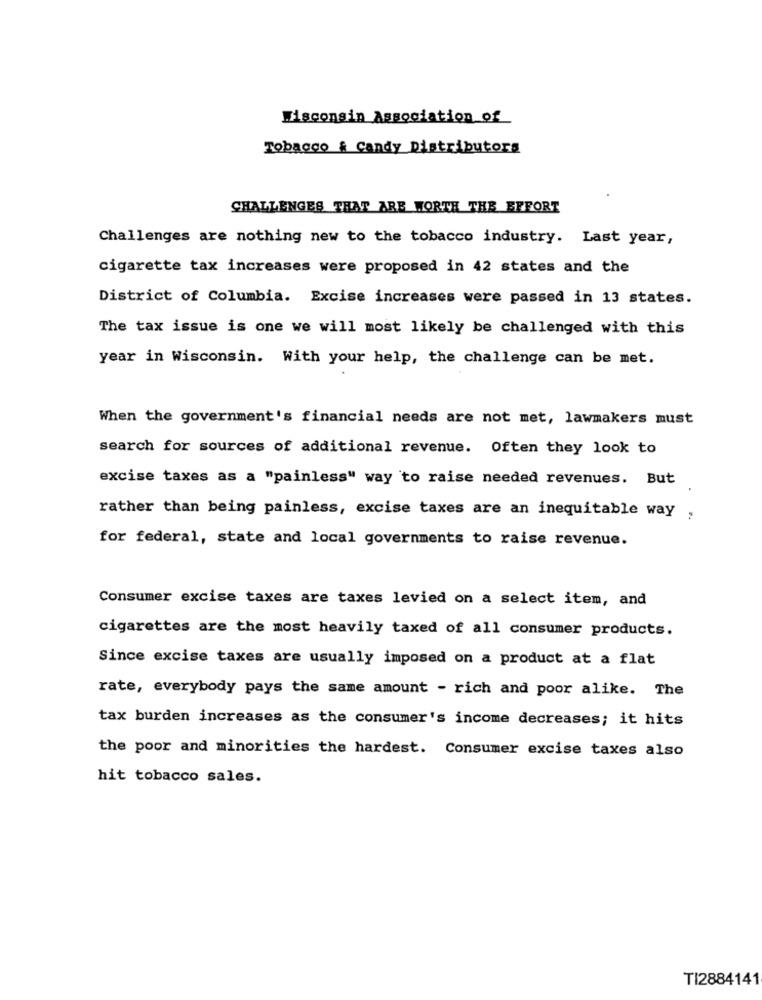
Wisconsin Association of
Tobacco & Candy Distributors
CHALLENGES THAT ARE WORTH THE EFFORT
Challenges are nothing new to the tobacco industry. Last year,
cigarette tax increases were proposed in 42 states and the
District of Columbia. Excise increases were passed in 13 states.
The tax issue is one we will most likely be challenged with this
year in Wisconsin. With your help, the challenge can be met.
When the government's financial needs are not met, lawmakers must
search for sources of additional revenue. Often they look to
excise taxes as a "painless" way to raise needed revenues. But
rather than being painless, excise taxes are an inequitable way ,
for federal, state and local governments to raise revenue.
Consumer excise taxes are taxes levied on a select item, and
cigarettes are the most heavily taxed of all consumer products.
Since excise taxes are usually imposed on a product at a flat
rate, everybody pays the same amount - rich and poor alike. The
tax burden increases as the consumer's income decreases; it hits
the poor and minorities the hardest. Consumer excise taxes also
hit tobacco sales.
TI2884141